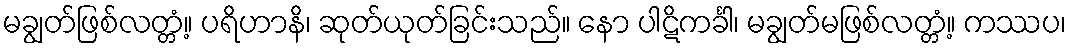
မချွတ်ဖြစ်လတ္တံ့။ ပရိဟာနိ၊ ဆုတ်ယုတ်ခြင်းသည်။ နော ပါဋိကင်္ခါ၊ မချွတ်မဖြစ်လတ္တံ့။ ကဿပ၊